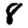
Digit: 8